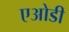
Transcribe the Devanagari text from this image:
एओडी